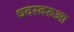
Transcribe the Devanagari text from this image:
धवरबरुआ